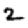
Digit: 2